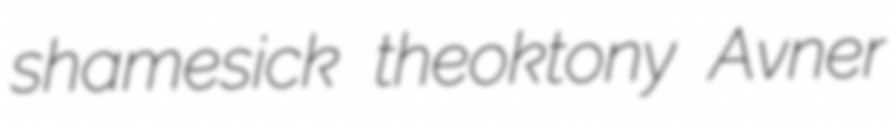
shamesick theoktony Avner